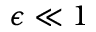
\epsilon \ll 1